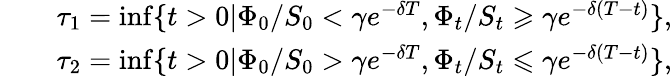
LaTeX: \begin{array}{rlr}&{}&{\tau_{1}=\operatorname*{inf}\{ t>0|\Phi_{0}/S_{0}<\gamma e^{-\delta T},\Phi_{t}/S_{t}\geqslant\gamma e^{-\delta(T-t)}\} ,}\\ &{}&{\tau_{2}=\operatorname*{inf}\{ t>0|\Phi_{0}/S_{0}>\gamma e^{-\delta T},\Phi_{t}/S_{t}\leqslant\gamma e^{-\delta(T-t)}\} ,}\end{array}